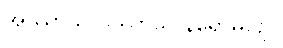
အဿာသ ပဿာသ နိရောဓပဉှ။